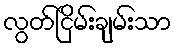
လွတ်ငြိမ်းချမ်းသာ